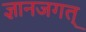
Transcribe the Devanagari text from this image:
ज्ञानजगत्‌